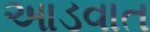
આડવાત